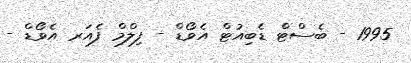
1995 - ބެސްޓް ޑެބިއުޓް އެވޯޑް - ފިލްމް ފެއަރ އެވޯޑް -